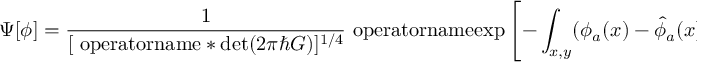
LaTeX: \Psi [ \phi ] = \frac { { 1 } } { [ \mathrm { \ o p e r a t o r n a m e * { d e t } } ( 2 \pi \hbar G ) ] ^ { 1 / 4 } } \mathrm { \ o p e r a t o r n a m e { e x p } } \left[ - \int _ { x , y } ( \phi _ { a } ( x ) - { \hat { \phi } } _ { a } ( x ) ) \frac { { G _ { a b } ^ { - 1 } ( x , y ) } } { 4 \hbar } ( \phi _ { b } ( y ) - { \hat { \phi } } _ { b } ( y ) ) \right] ,